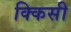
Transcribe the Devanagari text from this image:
क्किसी